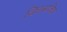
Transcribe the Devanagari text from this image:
वित्तसचिव